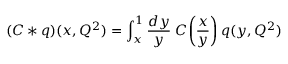
( C * q ) ( x , Q ^ { 2 } ) = \int _ { x } ^ { 1 } \frac { d y } { y } \; C \! \left( \frac { x } { y } \right) q ( y , Q ^ { 2 } )